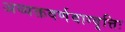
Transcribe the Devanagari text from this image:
अव्यक्तवर्णवाग्वृत्तिः